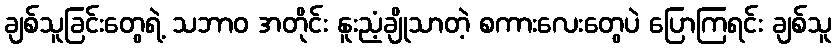
ချစ်သူခြင်းတွေရဲ့ သဘာဝ အတိုင်း နူးညံ့ချိုသာတဲ့ စကားလေးတွေပဲ ပြောကြရင်း ချစ်သူ